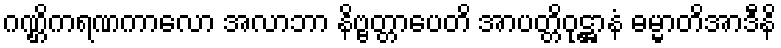
ဂဏ္ဌိကရဏကာလော အလာဘာ နိဗ္ဗတ္တာပေတိ အာပတ္တိဝုဋ္ဌာနံ ဓမ္မာတိအာဒီနိ